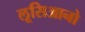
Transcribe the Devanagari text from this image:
लूसिआनो